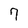
Character: 7